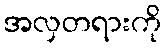
အလှတရားကို